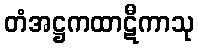
တံအဋ္ဌကထာဋီကာသု